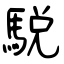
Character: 駾